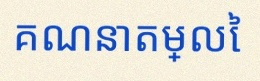
គណនាតម្លៃ